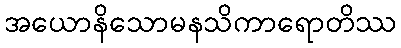
အယောနိသောမနသိကာရောတိဿ